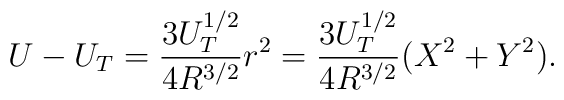
U-U_T=\frac{3U_T^{1/2}}{4R^{3/2}}r^2=\frac{3U_T^{1/2}}{4R^{3/2}}(X^2+Y^2).